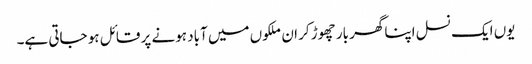
یوں ایک نسل اپنا گھر بار چھوڑ کر ان ملکوں میں آباد ہونے پر قائل ہو جاتی ہے۔